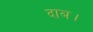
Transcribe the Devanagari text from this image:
दाब।